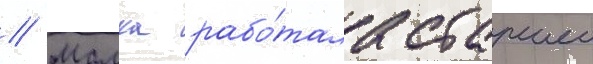
// Малка рабо́тала старшеи